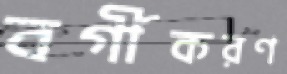
বর্গীকরণ